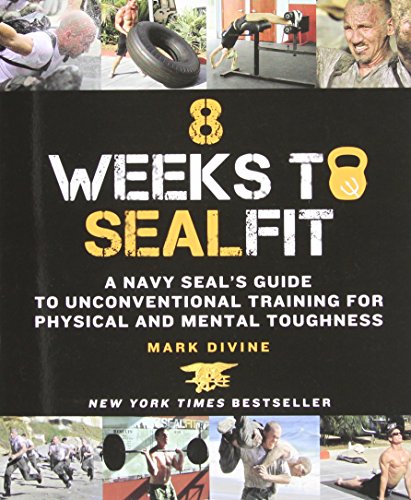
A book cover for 8 Weeks to SEALFIT: A Navy SEAL's Guide to Unconventional Training for Physical and Mental Toughness; Mark Divine; Health, Fitness & Dieting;